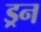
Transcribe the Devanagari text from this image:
ड्रन